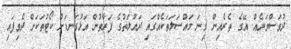
ދުވަސްވަރެއް. އޭގެ ތެރެއިން ގިނަ މައްސަލަތަކެއްގައި ދައުލަތުގެ ފަރާތުން އަޅުގަނޑަށް ކޯޓުތަކަށް ދެވިފައި